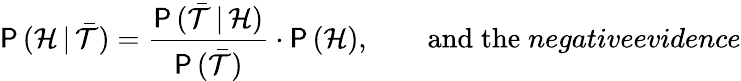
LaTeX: \mathsf{P}\, (\mathcal{H}\, |\, \bar{\mathcal{T}})=\frac{\mathsf{P}\, (\bar{\mathcal{T}}\, |\, \mathcal{H})}{\mathsf{P}\, (\bar{\mathcal{T}})}\cdot\mathsf{P}\, (\mathcal{H}),\qquad\mathrm{and\; the}\; \textit{negativeevidence}